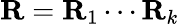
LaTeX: \mathbf{R}=\mathbf{R}_{1}\cdots\mathbf{R}_{k}